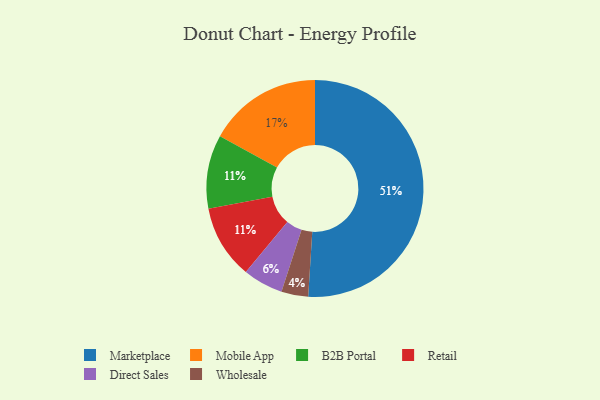
{"axis": {"x": "Category", "y": "Percentage"}, "legend": ["B2B Portal", "Direct Sales", "Marketplace", "Mobile App", "Retail", "Wholesale"], "data": [{"x": "B2B Portal", "y": 11, "type": "B2B Portal"}, {"x": "Direct Sales", "y": 6, "type": "Direct Sales"}, {"x": "Wholesale", "y": 4, "type": "Wholesale"}, {"x": "Mobile App", "y": 17, "type": "Mobile App"}, {"x": "Marketplace", "y": 51, "type": "Marketplace"}, {"x": "Retail", "y": 11, "type": "Retail"}]}